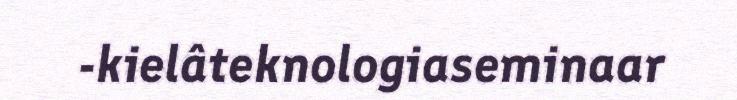
-kielâteknologiaseminaar